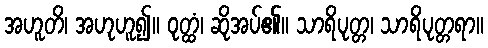
အဟူတိ၊ အဟုဟူ၍။ ဝုတ္ထံ၊ ဆိုအပ်၏။ သာရိပုတ္တ၊ သာရိပုတ္တရာ။